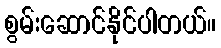
စွမ်းဆောင်နိုင်ပါတယ်။